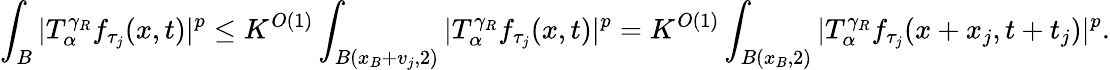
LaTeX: \int_{B}|T_{\alpha}^{\gamma_{R}}f_{\tau_{j}}(x,t)|^{p}\leq K^{O(1)}\int_{B(x_{B}+v_{j},2)}|T_{\alpha}^{\gamma_{R}}f_{\tau_{j}}(x,t)|^{p}=K^{O(1)}\int_{B(x_{B},2)}|T_{\alpha}^{\gamma_{R}}f_{\tau_{j}}(x+x_{j},t+t_{j})|^{p}.